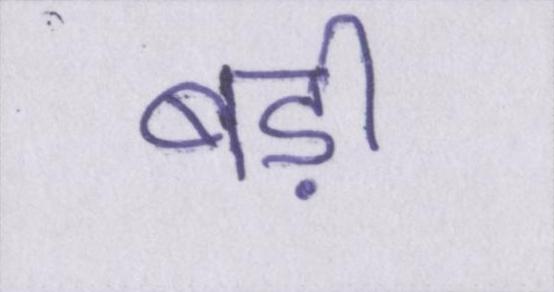
बड़ी